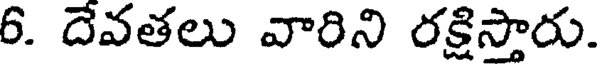
6. దేవతలు వారిని రక్షిస్తారు.